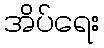
အိပ်ရေး